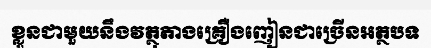
ខ្លួនជាមួយនឹងវត្ថុតាងគ្រឿងញៀនជាច្រើនអត្ថបទ